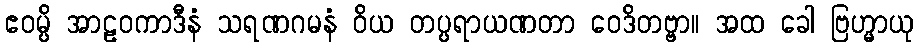
ဧဝမ္ပိ အာဠဝကာဒီနံ သရဏဂမနံ ဝိယ တပ္ပရာယဏတာ ဝေဒိတဗ္ဗာ။ အထ ခေါ ဗြဟ္မာယု